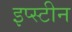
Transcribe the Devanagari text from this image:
इप्स्टीन